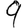
Digit: 9